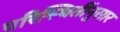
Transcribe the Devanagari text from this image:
परिस्थितींनुसार